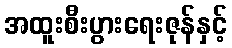
အထူးစီးပွားရေးဇုန်နှင့်